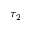
\tau _ { 2 }